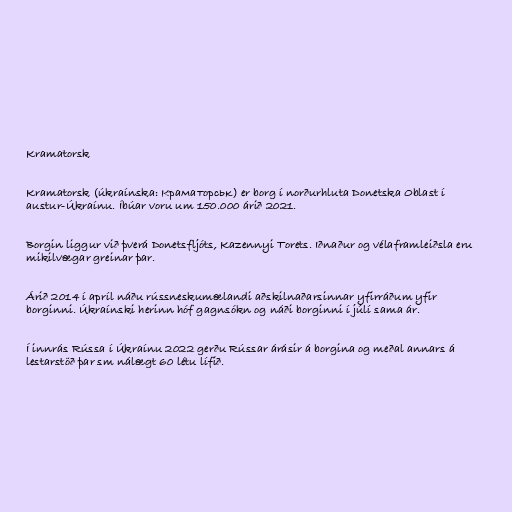
Kramatorsk

Kramatorsk (úkraínska: Краматорськ) er borg í norðurhluta Donetska Oblast í
austur-Úkraínu. Íbúar voru um 150.000 árið 2021.

Borgin liggur við þverá Donetsfljóts, Kazennyi Torets. Iðnaður og vélaframleiðsla eru
mikilvægar greinar þar.

Árið 2014 í apríl náðu rússneskumælandi aðskilnaðarsinnar yfirráðum yfir
borginni. Úkraínski herinn hóf gagnsókn og náði borginni í júlí sama ár.

Í innrás Rússa í Úkraínu 2022 gerðu Rússar árásir á borgina og meðal annars á
lestarstöð þar sm nálægt 60 létu lífið.